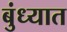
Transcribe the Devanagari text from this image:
बुंध्यात